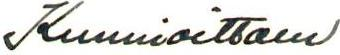
Kunnioittaen